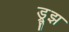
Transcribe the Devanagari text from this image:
ड्रूझ